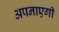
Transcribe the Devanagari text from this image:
अपनाएगी